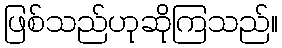
ဖြစ်သည်ဟုဆိုကြသည်။